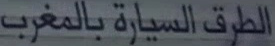
الطرق-السيارة-بالم